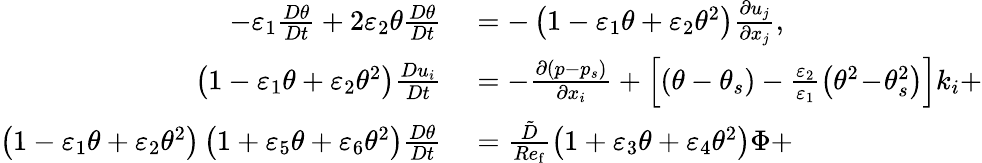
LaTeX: \begin{array}{rl}{-\varepsilon_{1}\frac{D\theta}{Dt}+2\varepsilon_{2}\theta\frac{D\theta}{Dt}}&{{}=-\left(1-\varepsilon_{1}\theta+\varepsilon_{2}\theta^{2}\right)\frac{\partial u_{j}}{\partial x_{j}},}\\ {\left(1-\varepsilon_{1}\theta+\varepsilon_{2}\theta^{2}\right)\frac{Du_{i}}{Dt}}&{{}=-\frac{\partial\left(p-p_{s}\right)}{\partial x_{i}}+\left[\left(\theta-\theta_{s}\right)-\frac{\varepsilon_{2}}{\varepsilon_{1}}\left(\theta^{2}\! -\! \theta_{s}^{2}\right)\right]k_{i}+}\\ {\left(1-\varepsilon_{1}\theta+\varepsilon_{2}\theta^{2}\right)\left(1+\varepsilon_{5}\theta+\varepsilon_{6}\theta^{2}\right)\frac{D\theta}{Dt}}&{{}=\frac{\tilde{D}}{Re_{\mathrm{f}}}\left(1+\varepsilon_{3}\theta+\varepsilon_{4}\theta^{2}\right)\Phi+}\end{array}